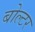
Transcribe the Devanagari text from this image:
बोल्टर